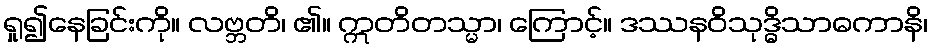
ရှု၍နေခြင်းကို။ လဗ္ဘတိ၊ ၏။ ဣတိတသ္မာ၊ ကြောင့်။ ဒဿနဝိသုဒ္ဓိသာဓကာနိ၊